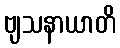
ဗျသနာယာတိ